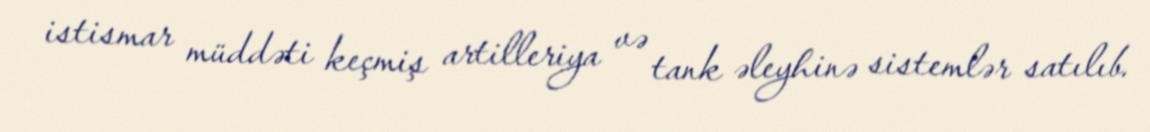
istismar müddəti keçmiş artilleriya və tank əleyhinə sistemlər satılıb.